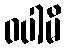
ဝပါမိ